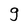
Character: g